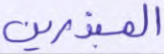
المبذرين